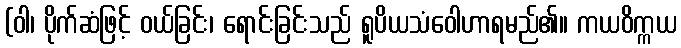
(ဝါ၊ ပိုက်ဆံဖြင့် ဝယ်ခြင်း၊ ရောင်းခြင်းသည် ရူပိယသံဝေါဟာရမည်၏။ ကယဝိက္ကယ